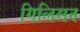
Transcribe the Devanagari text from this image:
गिलिसन